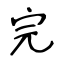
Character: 完